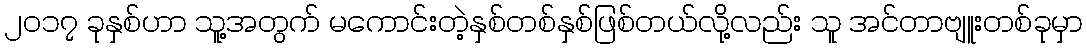
၂၀၁၇ ခုနှစ်ဟာ သူ့အတွက် မကောင်းတဲ့နှစ်တစ်နှစ်ဖြစ်တယ်လို့လည်း သူ အင်တာဗျူးတစ်ခုမှာ